Account of plague administration in the Bombay Presidency from September 1896 till May 1897
Year: 1896
Disease focus: Plague
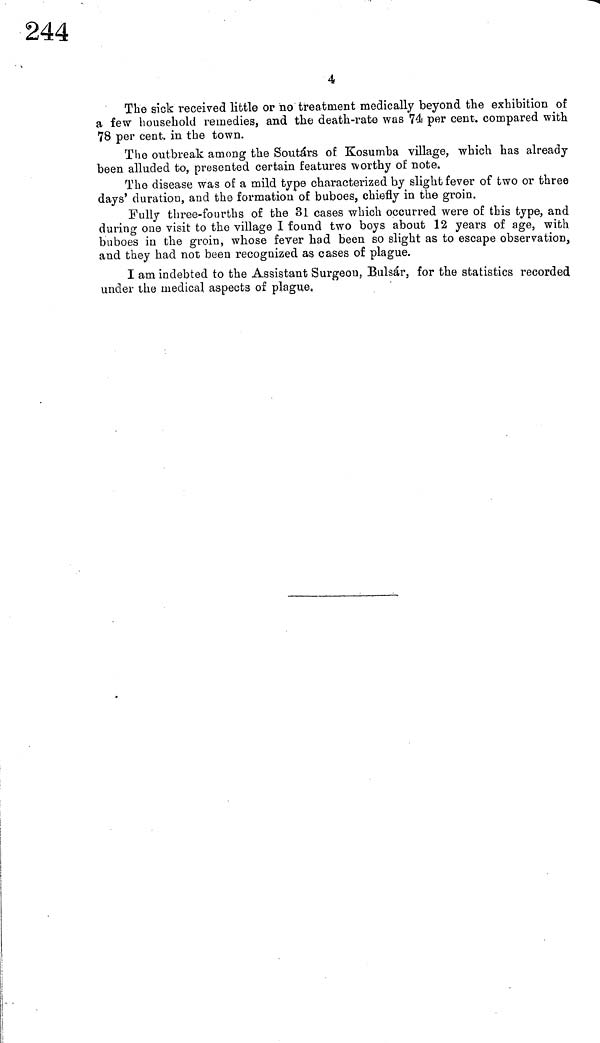
4
The sick received little or no treatment medically beyond the exhibition of
a few household remedies, and the death-rate was 74 per cent, compared with
78 per cent, in the town.
The outbreak among the Soutárs of Kosumba village, which has already
been alluded to, presented certain features worthy of note.
The disease was of a mild type characterized by slight fever of two or three
days' duration, and the formation of buboes, chiefly in the groin.
Fully three-fourths of the 31 cases which occurred were of this type, and
during one visit to the village I found two boys about 12 years of age, with
buboes in the groin, whose fever had been so slight as to escape observation,
and they had not been recognized as cases of plague.
I am indebted to the Assistant Surgeon, Bulsár, for the statistics recorded
under the medical aspects of plague.